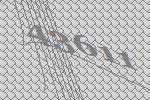
43611